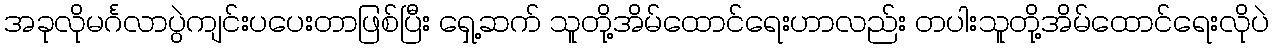
အခုလိုမင်္ဂလာပွဲကျင်းပပေးတာဖြစ်ပြီး ရှေ့ဆက် သူတို့အိမ်ထောင်ရေးဟာလည်း တပါးသူတို့အိမ်ထောင်ရေးလိုပဲ